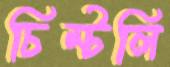
চিম্‌টলি